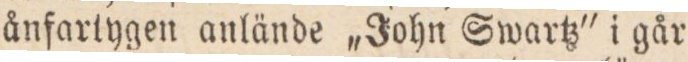
ånfartygen anlände ,,John Swartz” i går